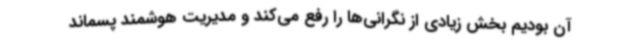
آن بودیم بخش زیادی از نگرانی‌ها را رفع می‌کند و مدیریت هوشمند پسماند